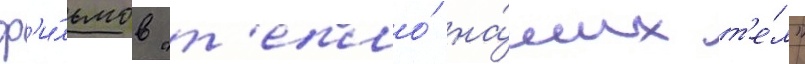
ф'и́льмов "т'епло́ на́ших т'е́л"